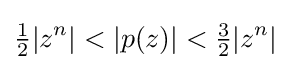
{\tfrac {1}{2}}|z^{n}|<|p(z)|<{\tfrac {3}{2}}|z^{n}|